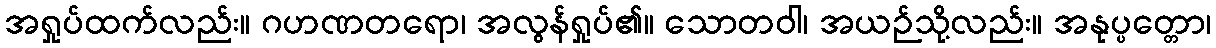
အရှုပ်ထက်လည်း။ ဂဟဏတရော၊ အလွန်ရှုပ်၏။ သောတဝါ၊ အယဉ်သို့လည်း။ အနုပ္ပတ္တော၊